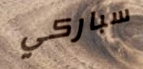
سباركي